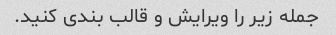
جمله زیر را ویرایش و قالب بندی کنید.